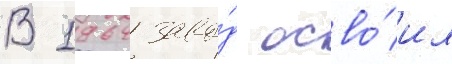
В 1964 заво́д осво́ил